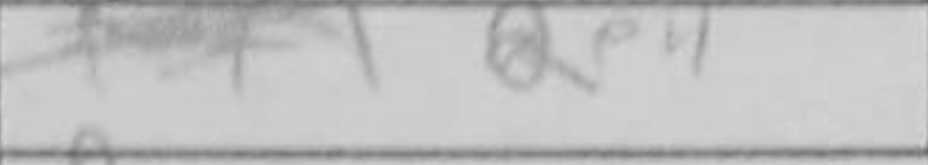
Transcription: Qe4